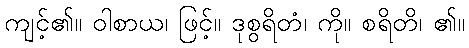
ကျင့်၏။ ဝါစာယ၊ ဖြင့်။ ဒုစွရိတံ၊ ကို။ စရိတိ၊ ၏။